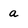
Character: a